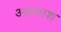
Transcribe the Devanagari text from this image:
अवकाश्‍ा